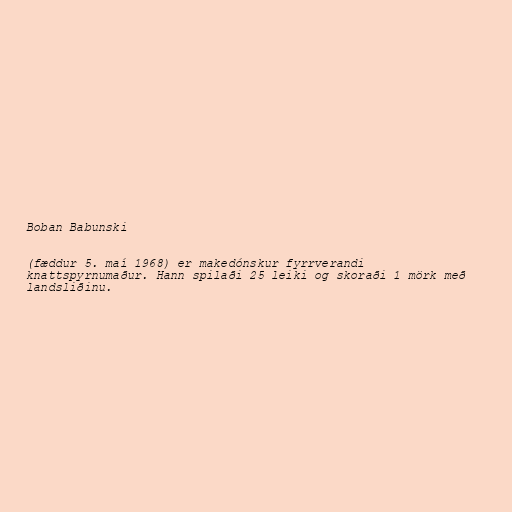
Boban Babunski

(fæddur 5. maí 1968) er makedónskur fyrrverandi
knattspyrnumaður. Hann spilaði 25 leiki og skoraði 1 mörk með
landsliðinu.